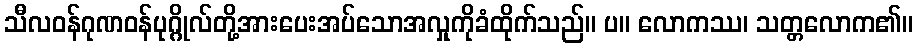
သီလဝန်ဂုဏဝန်ပုဂ္ဂိုလ်တို့အားပေးအပ်သောအလှုကိုခံထိုက်သည်။ ပ။ လောကဿ၊ သတ္တလောက၏။